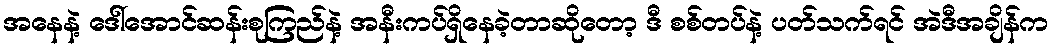
အနေနဲ့ ဒေါ်အောင်ဆန်းစုကြည်နဲ့ အနီးကပ်ရှိနေခဲ့တာဆိုတော့ ဒီ စစ်တပ်နဲ့ ပတ်သက်ရင် အဲဒီအချိန်က